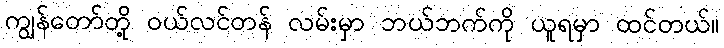
ကျွန်တော်တို့ ဝယ်လင်တန် လမ်းမှာ ဘယ်ဘက်ကို ယူရမှာ ထင်တယ်။